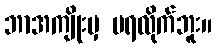
ဘာအကျိုးမှ မရလိုက်ဘူး။